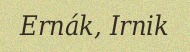
Ernák, Irnik